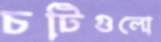
চটিগুলো